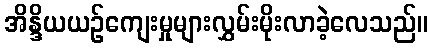
အိန္ဒိယယဉ်ကျေးမှုများလွှမ်းမိုးလာခဲ့လေသည်။